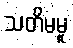
သတိမမူ